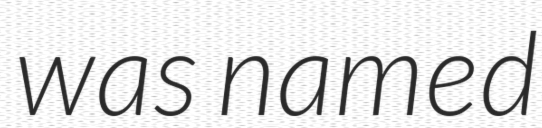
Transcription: was named